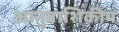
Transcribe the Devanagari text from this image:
आनुवाशिकीय